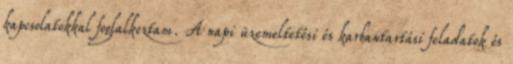
kapcsolatokkal foglalkoztam. A napi üzemeltetési és karbantartási feladatok és